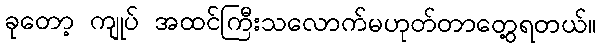
ခုတော့ ကျုပ် အထင်ကြီးသလောက်မဟုတ်တာတွေ့ရတယ်။